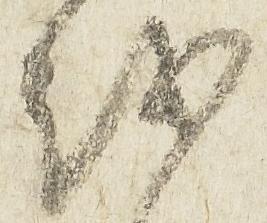
越